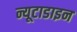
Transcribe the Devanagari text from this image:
न्यूटाडाइन